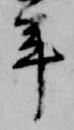
年